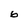
Character: 6